Voisiku_vallavalitsus, lk 186
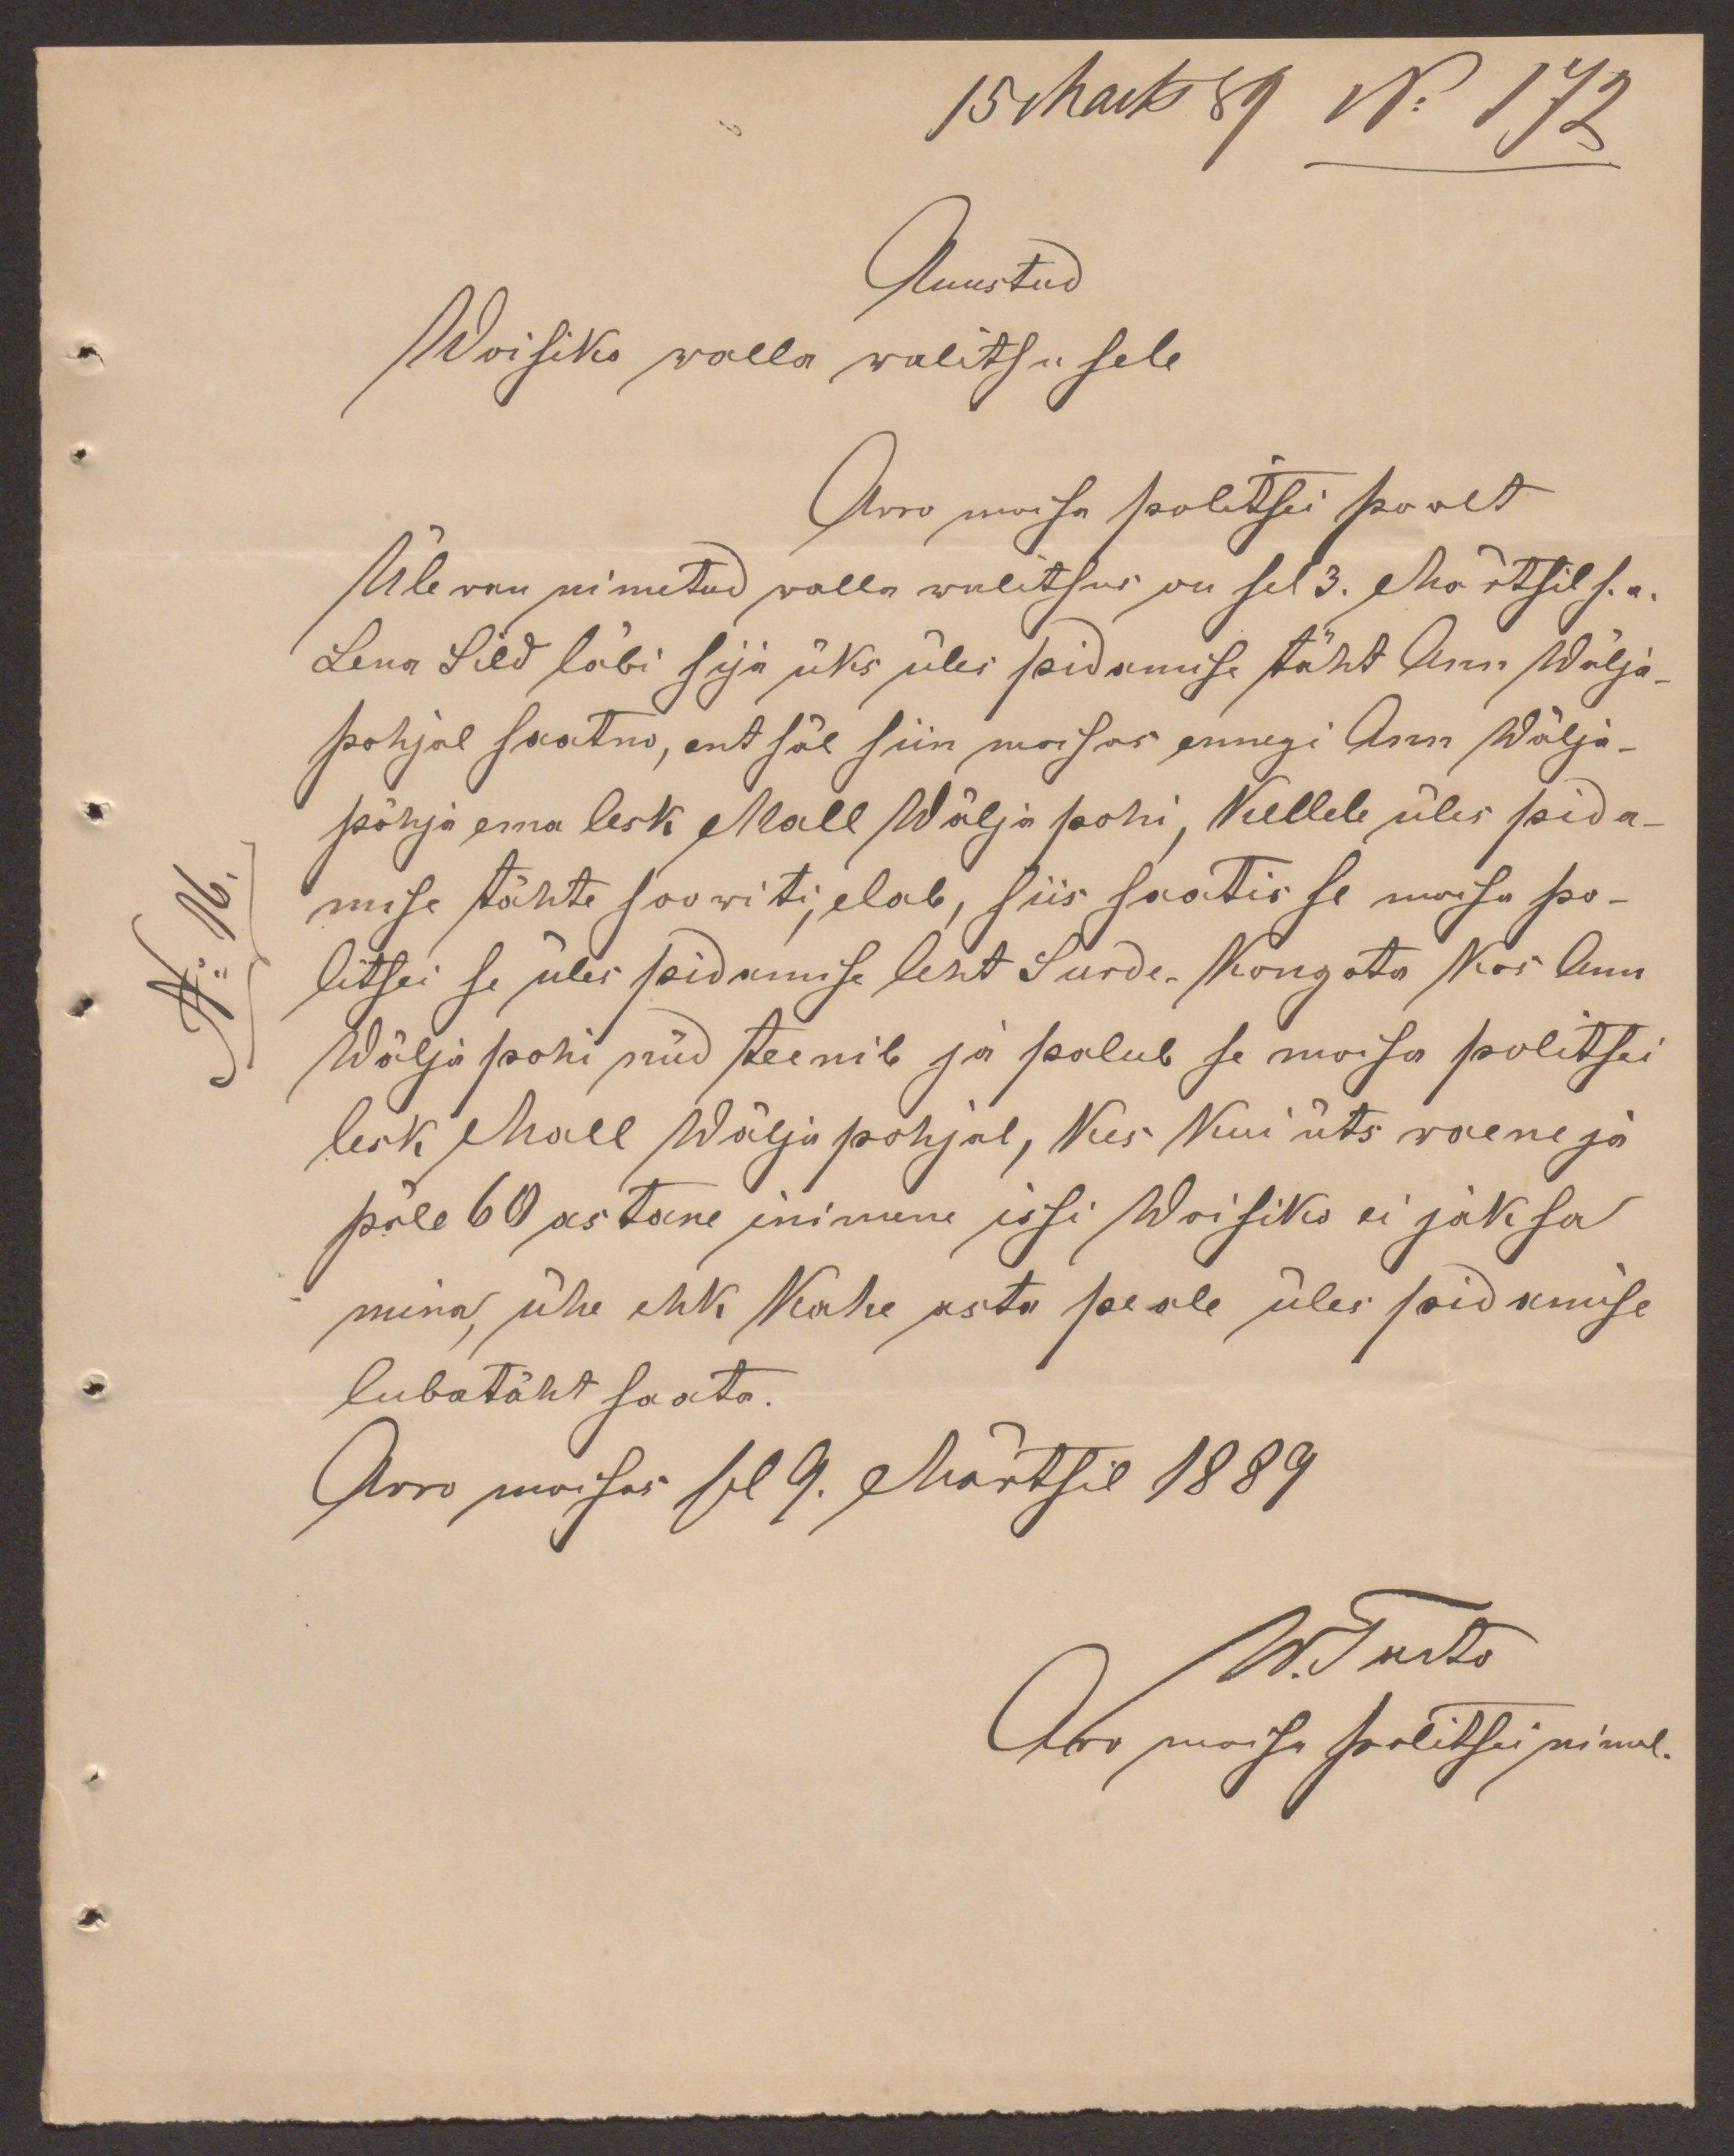
15 Marts 89 No 172
Auustud
Woisiko walla walitsusele
Arro moisa politsei poolt
Ülewan nimetud walla walitsus on sel 3. Märtsil s.a.
Lena Sild läbi sija üks üles pidamise täht Ann Wälja-
pohjal saatno, ent säl siin moisas ennegi Ann Wälja-
põhja ema lesk Mall Wäljapohi, Kellele üles pida-
mise tähte soowiti, elab, siis saatis se moisa po-
litsei se üles pidamise leht Surde-Kongota kus Ann
Wäljapohi nüd teenib ja palub se moisa politsei
lesk Mall Wäljapohjal, kes Kui üts waene ja
päle 60 astane inimene issi Woisiko ei jaksa
mina, ühe ehk Kahe astu peale üles pidamise
lubatäht saata.
Arro moisas sel 9. Märtsil 1889.
W. Tarto
Aro moisa politsei nimel.